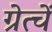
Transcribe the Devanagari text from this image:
ग्रेत्चें